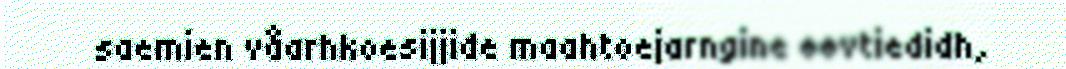
saemien våarhkoesijjide maahtoejarngine øøvtiedidh,